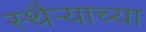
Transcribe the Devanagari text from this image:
स्थैऱ्याच्या